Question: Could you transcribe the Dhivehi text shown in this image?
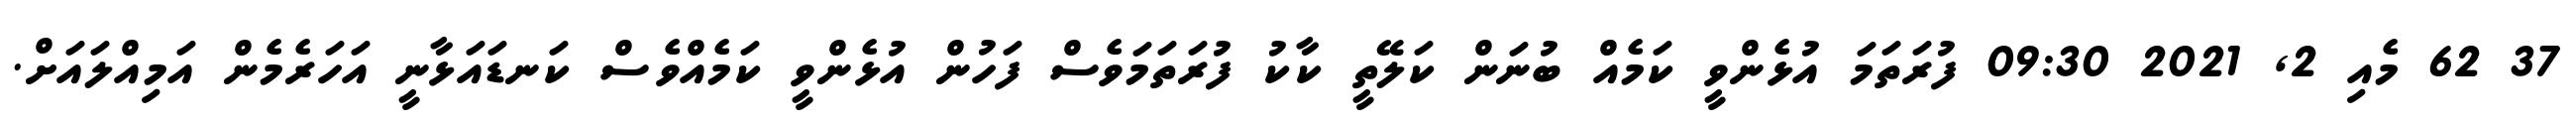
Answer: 37 62 މެއި 2, 2021 09:30 ފުރަތަމަ އުޅެންވީ ކަމެއް ބުނަން ކަލޭތީ ކާކު ފުރަތަމަވެސް ފަހުން އުޅެންވީ ކަމެއްވެސް ކަނޑައަޅާނީ އަހަރެމެން އަމިއްލައަށް.